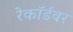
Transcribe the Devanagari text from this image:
रेकॉर्डवर